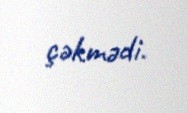
çəkmədi.